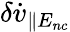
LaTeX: \delta\dot{v}_{\| E_{nc}}